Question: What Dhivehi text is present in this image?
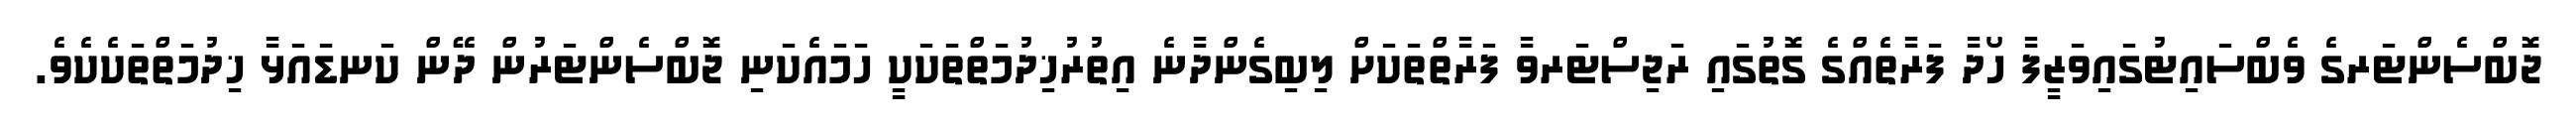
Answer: ޖޮބްސެންޓަރގެ ވެބްސައިޓުގައިވަޒީފާ ހޯދާ ފަރާތެއްގެ ގޮތުގައި ރަޖިސްޓަރވާ ފަރާތްތަކަށް ލިބިގެންދާނެ އިތުރުޚިދުމަތްތަކަކީ ހަމައެކަނި ޖޮބްސެންޓަރުން ދޭން ކަނޑައަޅާ ޚިދުމަތްތަކެކެވެ.